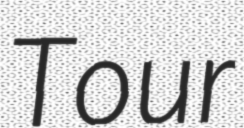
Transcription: Tour